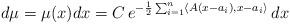
LaTeX: \begin{align*}d\mu =\mu(x)dx= C\, e^{-\frac{1}{2}\sum_{i=1}^{n}\langle A(x-a_i),x-a_i\rangle}\, dx\end{align*}